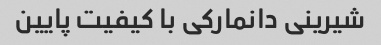
شیرینی دانمارکی با کیفیت پایین